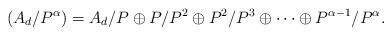
LaTeX: \begin{align*}(A_d/P^\alpha)= A_d/P \oplus P/P^2 \oplus P^2/P^3 \oplus \cdots \oplus P^{\alpha-1}/P^\alpha.\end{align*}